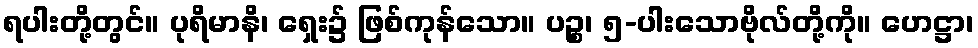
ရပါးတို့တွင်။ ပုရိမာနိ၊ ရှေး၌ ဖြစ်ကုန်သော။ ပဉ္စ၊ ၅-ပါးသောဗိုလ်တို့ကို။ ဟေဋ္ဌာ၊